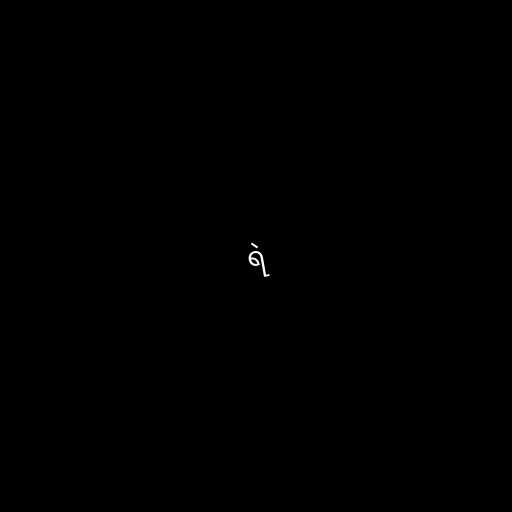
ရဲ